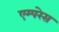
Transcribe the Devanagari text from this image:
एम्परेस